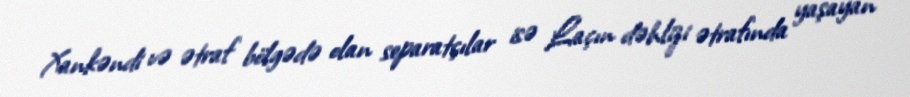
Xankəndi və ətraf bölgədə olan separatçılar isə Laçın dəhlizi ətrafında yaşayan